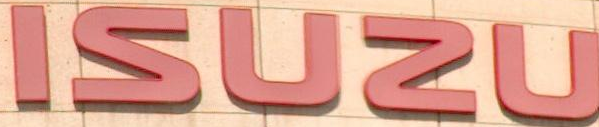
ISUZU